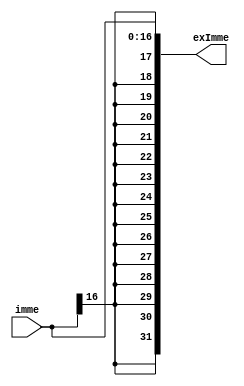
module extend(imme,exImme);
	input[16:0] imme;
	output [31:0] exImme;
	
	assign exImme[16:0] = imme[16:0];
	assign exImme[31:17] = {15{imme[16]}};
	
endmodule